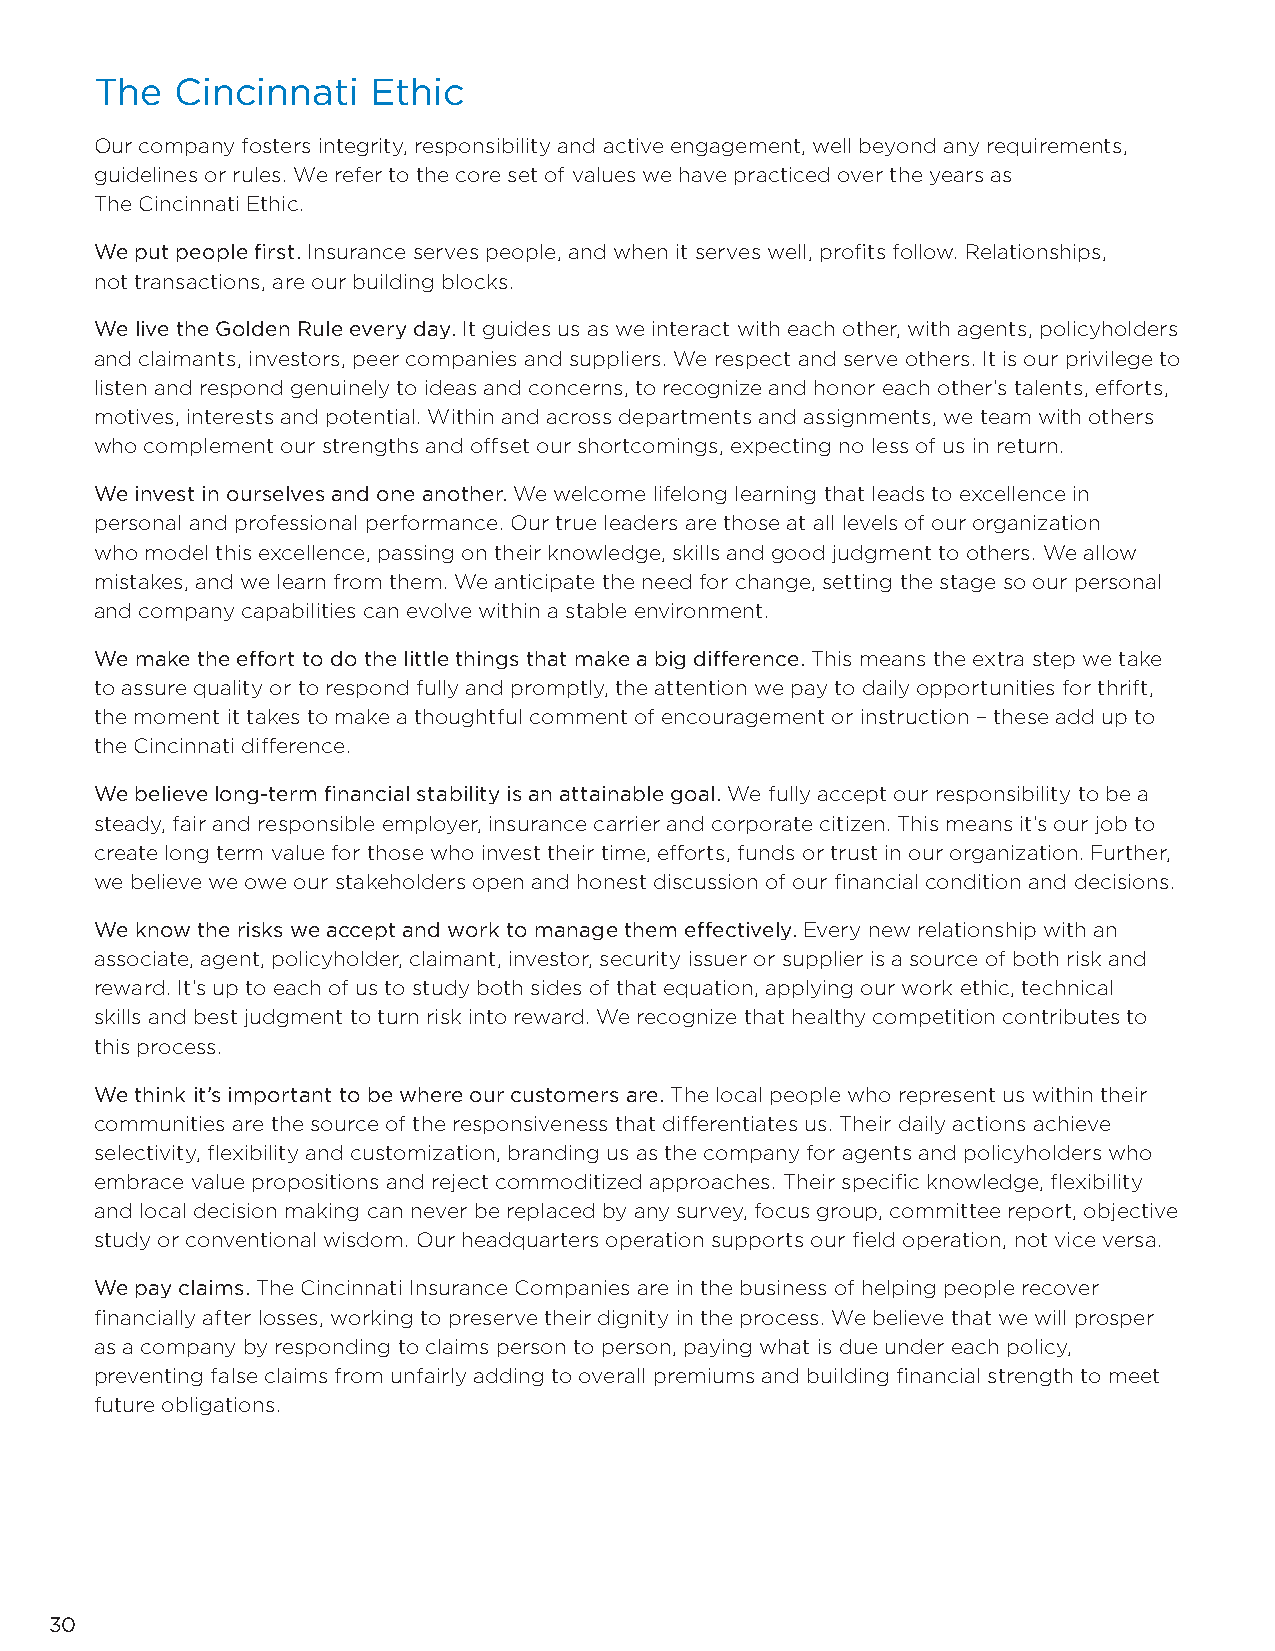
The   Cincinnati  Ethic
 Our company fosters integrity, responsibility and active engagement, well beyond any requirements,
 guidelines or rules. We refer to the core set of values we have practiced over the years as
 The Cincinnati Ethic.
 We put people first. Insurance serves people, and when it serves well, profits follow. Relationships,
 not transactions, are our building blocks.
 We live the Golden Rule every day. It guides us as we interact with each other, with agents, policyholders
 and claimants, investors, peer companies and suppliers. We respect and serve others. It is our privilege to
 listen and respond genuinely to ideas and concerns, to recognize and honor each other’s talents, efforts,
 motives, interests and potential. Within and across departments and assignments, we team with others
 who complement our strengths and offset our shortcomings, expecting no less of us in return.
 We invest in ourselves and one another. We welcome lifelong learning that leads to excellence in
 personal and professional performance. Our true leaders are those at all levels of our organization
 who model this excellence, passing on their knowledge, skills and good judgment to others. We allow
 mistakes, and we learn from them. We anticipate the need for change, setting the stage so our personal
 and company capabilities can evolve within a stable environment.
 We make the effort to do the little things that make a big difference. This means the extra step we take
 to assure quality or to respond fully and promptly, the attention we pay to daily opportunities for thrift,
 the moment it takes to make a thoughtful comment of encouragement or instruction – these add up to
 the Cincinnati difference.
 We believe long-term financial stability is an attainable goal. We fully accept our responsibility to be a
 steady, fair and responsible employer, insurance carrier and corporate citizen. This means it’s our job to
 create long term value for those who invest their time, efforts, funds or trust in our organization. Further,
 we believe we owe our stakeholders open and honest discussion of our financial condition and decisions.
 We know the risks we accept and work to manage them effectively. Every new relationship with an
 associate, agent, policyholder, claimant, investor, security issuer or supplier is a source of both risk and
 reward. It’s up to each of us to study both sides of that equation, applying our work ethic, technical
 skills and best judgment to turn risk into reward. We recognize that healthy competition contributes to
 this process.
 We think it’s important to be where our customers are. The local people who represent us within their
 communities are the source of the responsiveness that differentiates us. Their daily actions achieve
 selectivity, flexibility and customization, branding us as the company for agents and policyholders who
 embrace value propositions and reject commoditized approaches. Their specific knowledge, flexibility
 and local decision making can never be replaced by any survey, focus group, committee report, objective
 study or conventional wisdom. Our headquarters operation supports our field operation, not vice versa.
 We pay claims. The Cincinnati Insurance Companies are in the business of helping people recover
 financially after losses, working to preserve their dignity in the process. We believe that we will prosper
 as a company by responding to claims person to person, paying what is due under each policy,
 preventing false claims from unfairly adding to overall premiums and building financial strength to meet
 future obligations.
 30